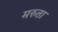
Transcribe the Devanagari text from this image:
मरुता